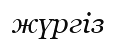
жүргіз